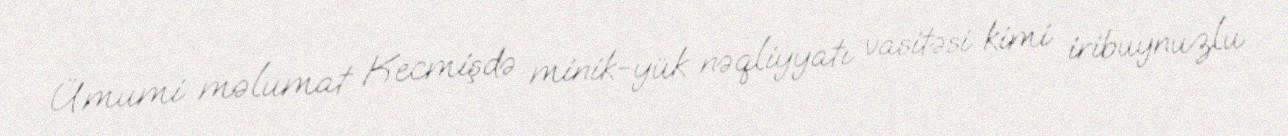
Ümumi məlumat Kecmişdə minik-yük nəqliyyatı vasitəsi kimi iribuynuzlu